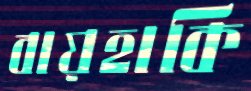
বায়হাকি